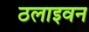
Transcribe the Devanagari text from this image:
ठलाइवन